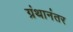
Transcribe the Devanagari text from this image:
ग्रंथानंतर